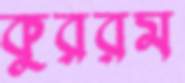
কুররম